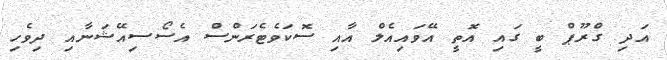
އަދި ގްރޫޕް ބީ ގައި އޮތީ އޭވައިއެލް އާއި ސޮކަވެޓެރަންސް އެސޯސިއޭޝަނާއި ދިވެހި